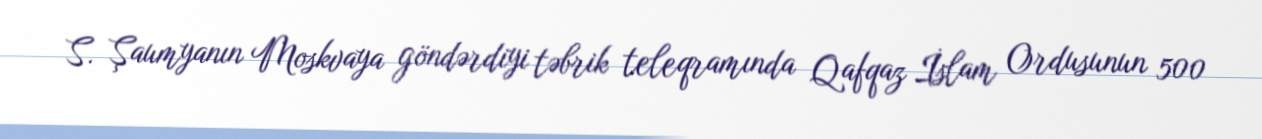
S. Şaumyanın Moskvaya göndərdiyi təbrik teleqramında Qafqaz İslam Ordusunun 500